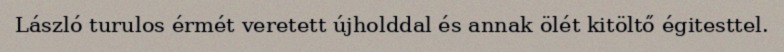
László turulos érmét veretett újholddal és annak ölét kitöltő égitesttel.